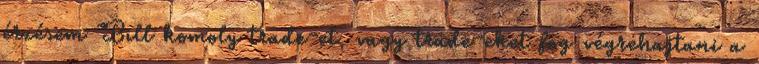
érzésem Bill komoly trade-et, vagy trade-eket fog végrehajtani a